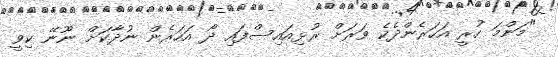
"މަންމަ ހުރީ އަހަރެންދެކެ ވަރަށް ރުޅިއައިސްފައި ދޯ އަހަރެން ނުދާކަށް ނޫނޭ ކިވީ